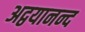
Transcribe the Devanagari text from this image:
अद्वयानन्द